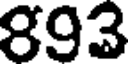
893